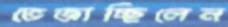
ভেজাচ্ছিলেন